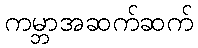
ကမ္ဘာအဆက်ဆက်